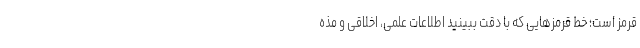
قرمز است؛ خط قرمزهایی که با دقت ببینید اطلاعات علمی، اخلاقی و مذه